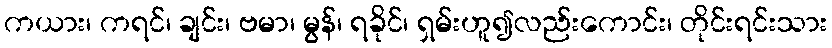
ကယား၊ ကရင်၊ ချင်း၊ ဗမာ၊ မွန်၊ ရခိုင်၊ ရှမ်းဟူ၍လည်းကောင်း၊ တိုင်းရင်းသား